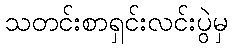
သတင်းစာရှင်းလင်းပွဲမှ